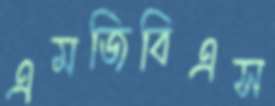
এমজিবিএস